Annual report of the Imperial Bacteriologist
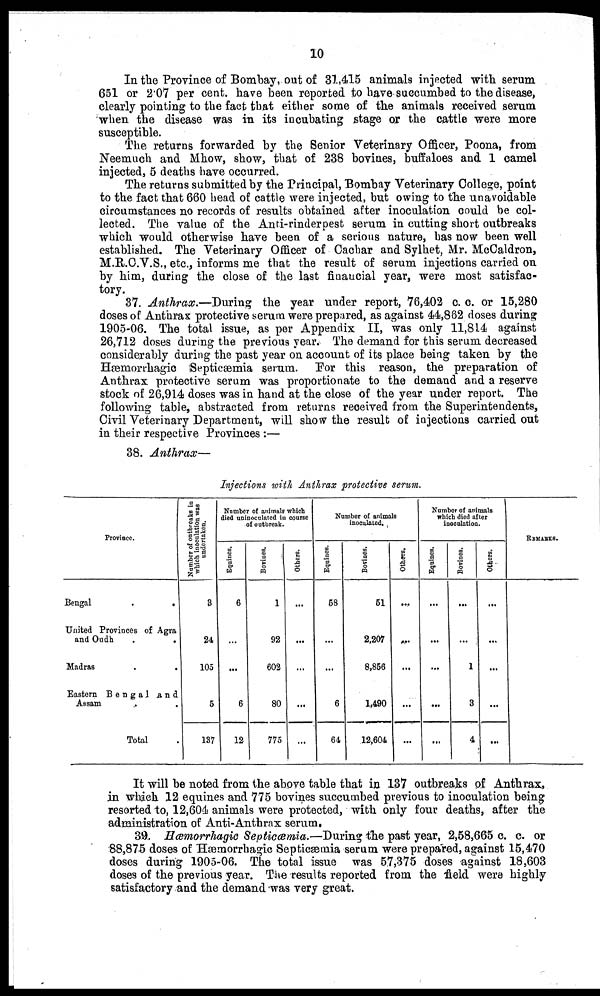
10
In the Province of Bombay, out of 31,415 animals injected with serum
651 or 2.07 per cent. have been reported to have succumbed to the disease,
clearly pointing to the fact that either some of the animals received serum
when the disease was in its incubating stage or the cattle were more
susceptible.
The returns forwarded by the Senior Veterinary Officer, Poona, from
Neemuch and Mhow, show, that of 238 bovines, buffaloes and 1 camel
injected, 5 deaths have occurred.
The returns submitted by the Principal, Bombay Veterinary College, point
to the fact that 660 head of cattle were injected, but owing to the unavoidable
circumstances no records of results obtained after inoculation could be col-
lected. The value of the Anti-rinderpest serum in cutting short outbreaks
which would otherwise have been of a serious nature, has now been well
established. The Veterinary Officer of Cachar and Sylhet, Mr. McCaldron,
M.R.C.V.S., etc., informs me that the result of serum injections carried on
by him, during the close of the last financial year, were most satisfac-
tory.
37. Anthrax.—During the year under report, 76,402 c. c. or 15,280
doses of Anthrax protective serum were prepared, as against 44,862 doses during
1905-06. The total issue, as per Appendix II, was only 11,814 against
26,712 doses during the previous year. The demand for this serum decreased
considerably during the past year on account of its place being taken by the
Hæmorrhagic Septicæmia serum. For this reason, the preparation of
Anthrax protective serum was proportionate to the demand and a reserve
stock of 26,914 doses was in hand at the close of the year under report. The
following table, abstracted from returns received from the Superintendents,
Civil Veterinary Department, will show the result of injections carried out
in their respective Provinces :—
38. Anthrax—
Injections with Anthrax protective serum.
Province.
Bengal
.
.
United Provinces of Agra
and Oudh
.
.
Madras
.
.
Eastern Bengal And
Assam..
Total.
Number of outbreaks in
which inoculation was
undertaken.
3
24
105
5
137
Number of animals which
died uninoculated in course
of outbreak.
Equines.
6
...
...
6
12
Bovines
1
92
602
80
775
Others
...
...
...
...
Number of animals
inoculated.
Equines
58
...
...
6
64
Bovines
51
2,207
8,856
1,490
12,604
Others
...
...
...
...
...
Number of animals
which died after
inoculation.
Equines
...
...
...
...
...
Bovines
...
...
1
3
4
Others
...
...
...
...
...
REMARKS.
It will be noted from the above table that in 137 outbreaks of Anthrax,
in which 12 equines and 775 bovines succumbed previous to inoculation being
resorted to, 12,604 animals were protected, with only four deaths, after the
administration of Anti-Anthrax serum.
39. Hæmorrhagic Septiæmia.—During the past year, 2,58,665 c. c. or
88,875 doses of Hæmorrhagic Septicæmia serum were prepared, against 15,470
doses during 1905-06. The total issue was 57,375 doses against 18,603
doses of the previous year. The results reported from the field were highly
satisfactory and the demand was very great.